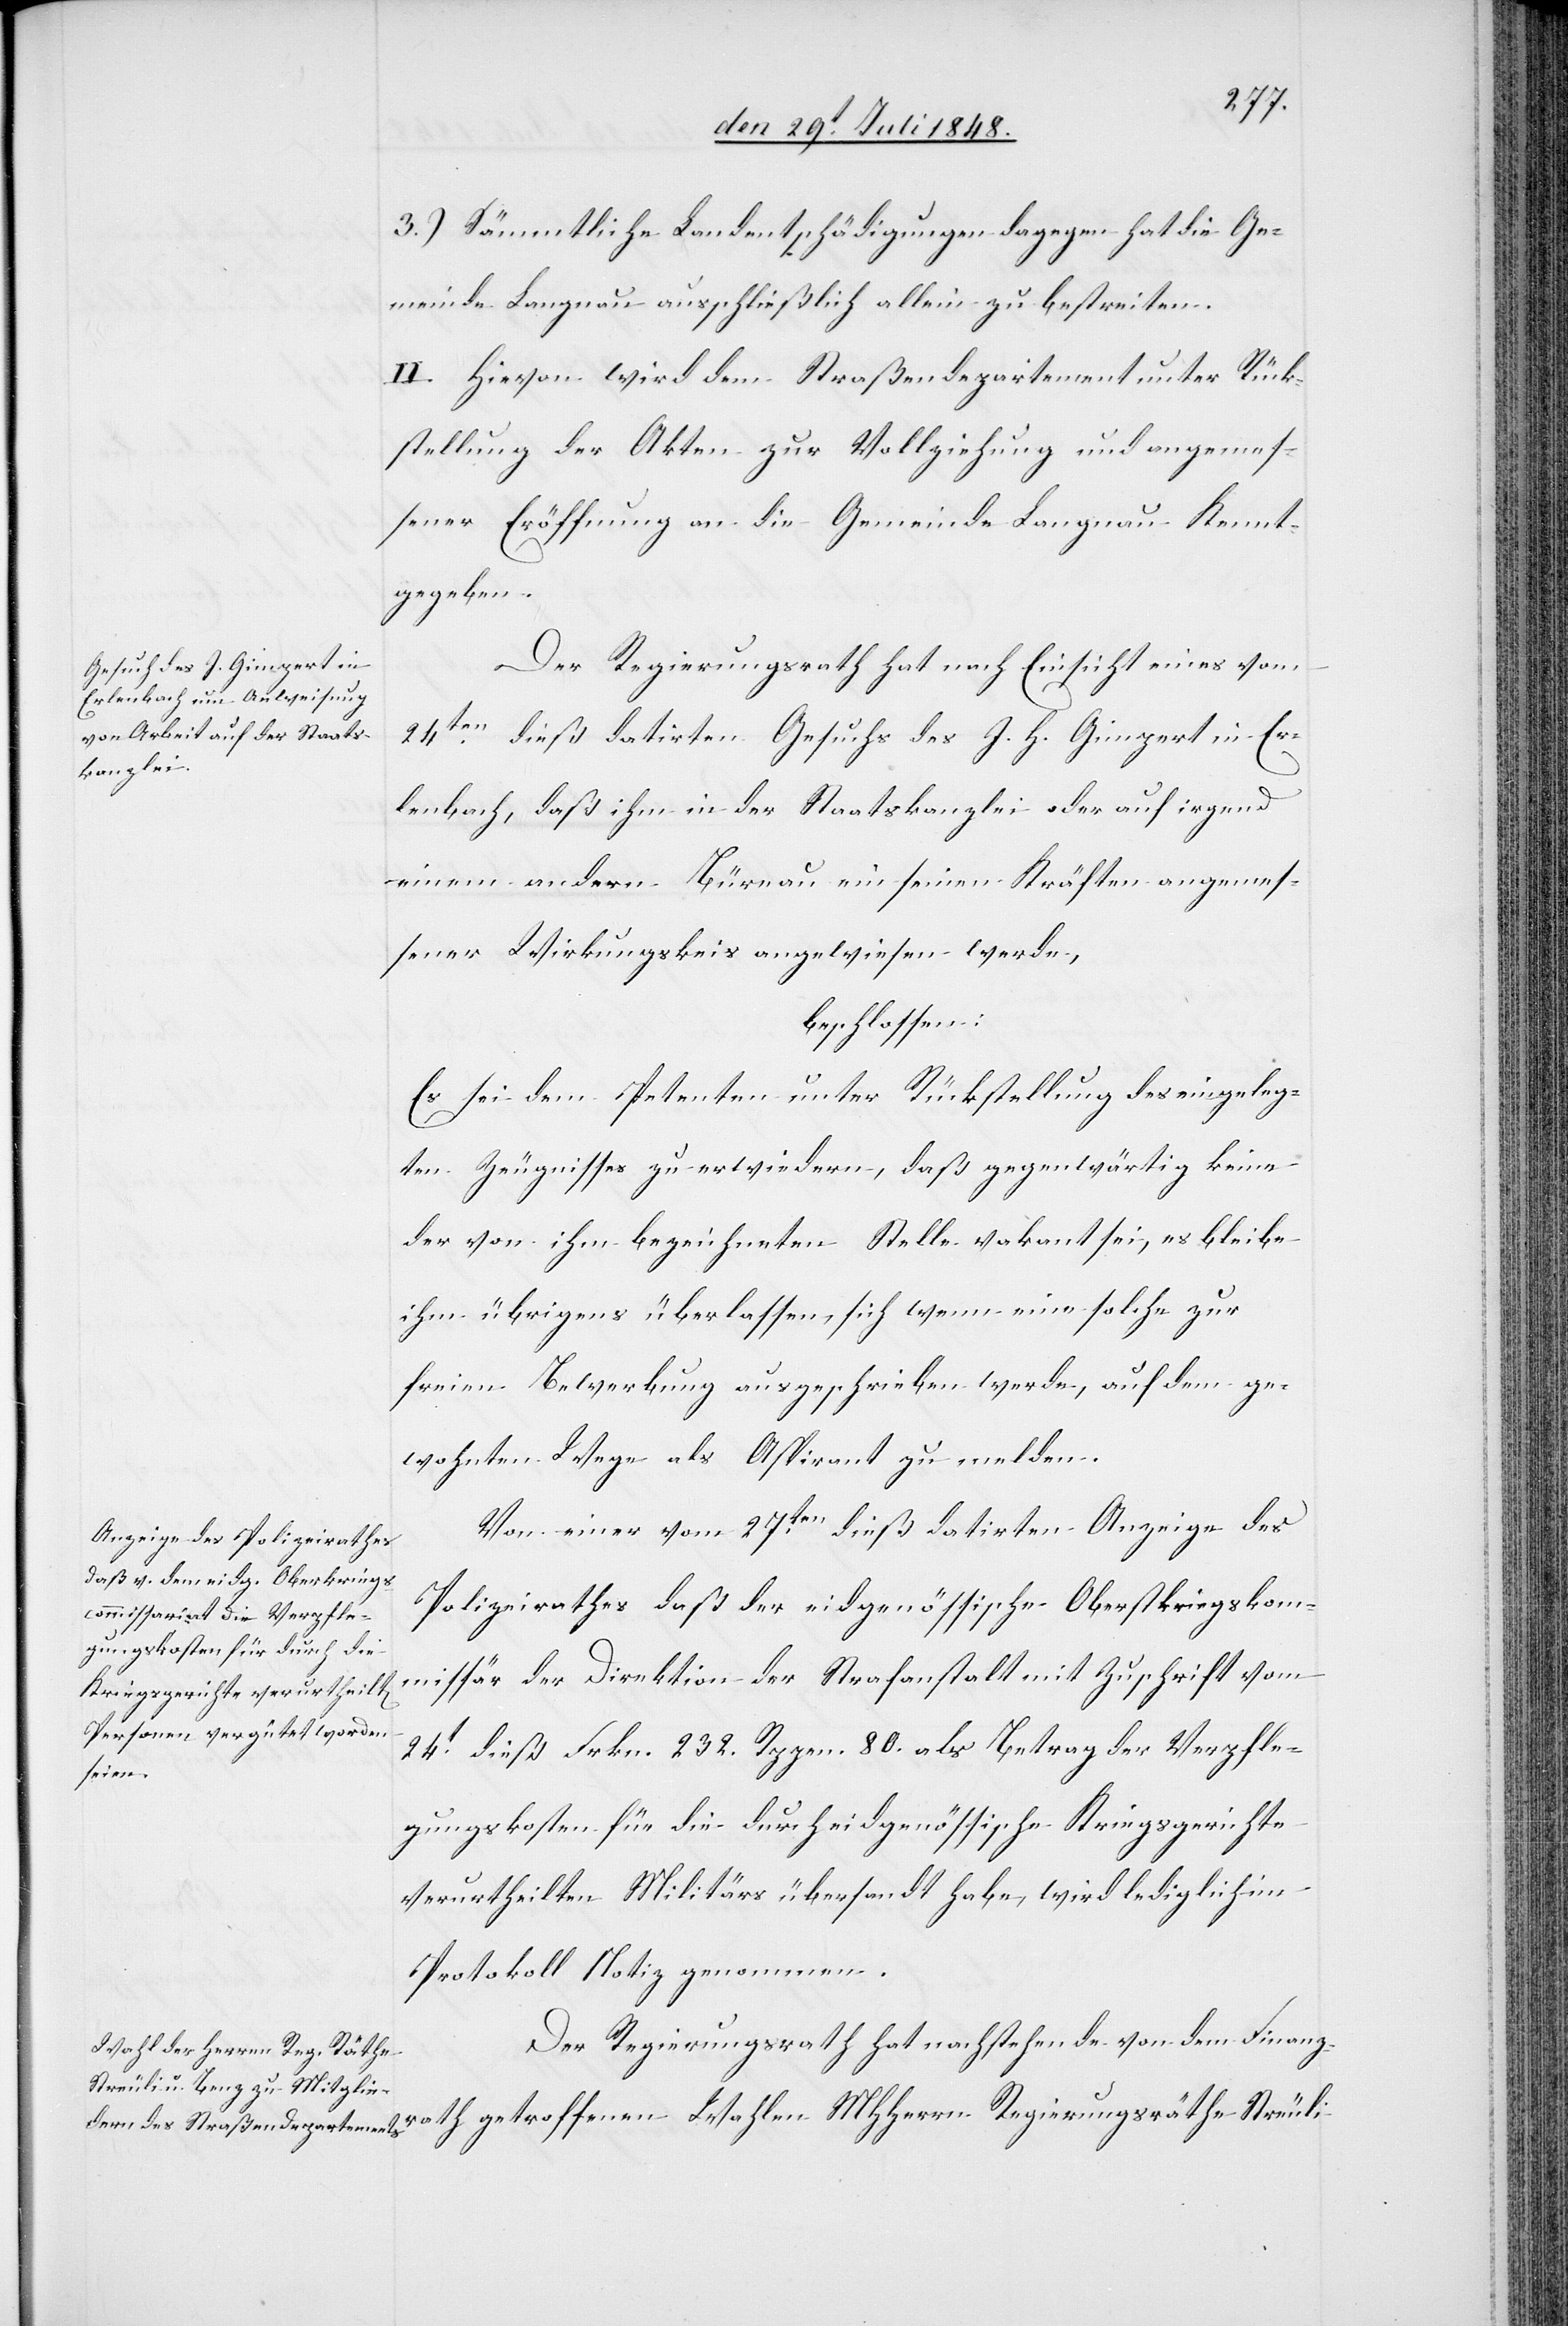
3.) Sämmtliche Landentschädigungen dagegen hat die Ge¬
meinde Langnau ausschließlich allein zu bestreiten.
II. Hievon wird dem Straßendepartement unter Rück¬
stellung der Akten zur Vollziehung und angemes¬
sener Eröffnung an die Gemeinde Langnau Kenntniß
gegeben.
Der Regierungsrath hat nach Einsicht eines vom
24ten dieß datirten Gesuchs des J. H. Gimpert in Er¬
lenbach, daß ihm in der Staatskanzlei oder auf irgend
einem andern Büreau ein seinen Kräften angemes¬
sener Wirkungskreis angewiesen werde,
beschlossen:
Es sei dem Petenten unter Rückstellung des eingeleg¬
ten Zeugnisses zu erwiedern, daß gegenwärtig keine
der von ihm bezeichneten Stelle vakant sei, es bleibe
ihm übrigens überlassen, sich wenn eine solche zur
freien Bewerbung ausgeschrieben werde, auf dem ge¬
wohnten Wege als Aspirant zu melden.
Von einer vom 27ten dieß datirten Anzeige des
Polizeirathes daß der eidgenössische Oberstkriegskom¬
missär der Direktion der Strafanstalt mit Zuschrift vom
24t dieß Frkn. 232. Rppen. 80. als Betrag der Verpfle¬
gungskosten für die durch eidgenössische Kriegsgerichte
verurtheilten Militärs übersandt habe, wird lediglich im
Protokoll Notiz genommen.
Der Regierungsrath hat nachstehende von dem Finanz¬
rath getroffenen Wahlen MHHerrn Regierungsräthe Streuli